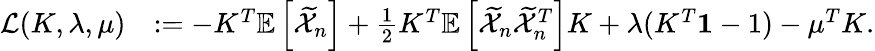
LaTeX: \begin{array}{rl}{\mathcal{L}(K,\lambda,\mu)}&{:=-K^{T}\mathbb{E}\left[\widetilde{\mathcal{X}}_{n}\right]+\frac{1}{2}K^{T}\mathbb{E}\left[\widetilde{\mathcal{X}}_{n}\widetilde{\mathcal{X}}_{n}^{T}\right]K+\lambda(K^{T}\mathbf{1}-1)-\mu^{T}K.}\end{array}